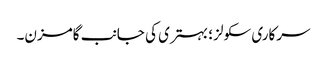
سرکاری سکولز ؛ بہتری کی جانب گامزن۔